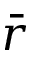
\bar { r }